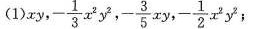
(1) x y,- \frac{ 1 }{ 3 } x ^ { 2 } y ^{ 2 },- \frac { 3 } { 5 } x y,- \frac { 1 }{ 2 } x ^ { 2 } y ^ { 2 };